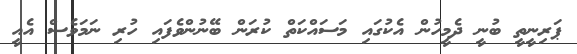
ޕަރިނީތީ ބުނީ ދެމީހުން އެކުގައި މަސައްކަތް ކުރަން ބޭނުންވެފައި ހުރި ނަމަވެސް އެއީ